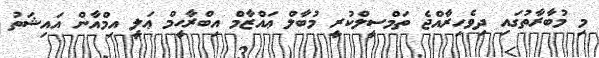
މި މުބާރާތުގައި ދިވެހިރާއްޖެ ތަމްސީލްކުރީ މުބާލް ޢައްޒާމް އިބްރާޙީމް ޢަލީ އިމްއާން އައިޝަތު